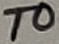
Text: T0